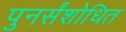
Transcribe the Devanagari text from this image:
पुनर्संशोधित